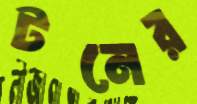
টনের